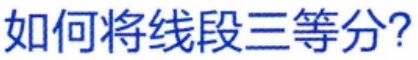
如何将线段三等分？